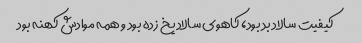
کیفیت سالاد بد بود، کاهوی سالاد یخ زده بود و همه موادش کهنه بود